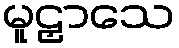
မူဠှာသေ